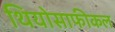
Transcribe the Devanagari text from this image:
थियोसाफीकल